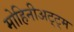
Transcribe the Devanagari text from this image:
मोहिनीअट्ट्म